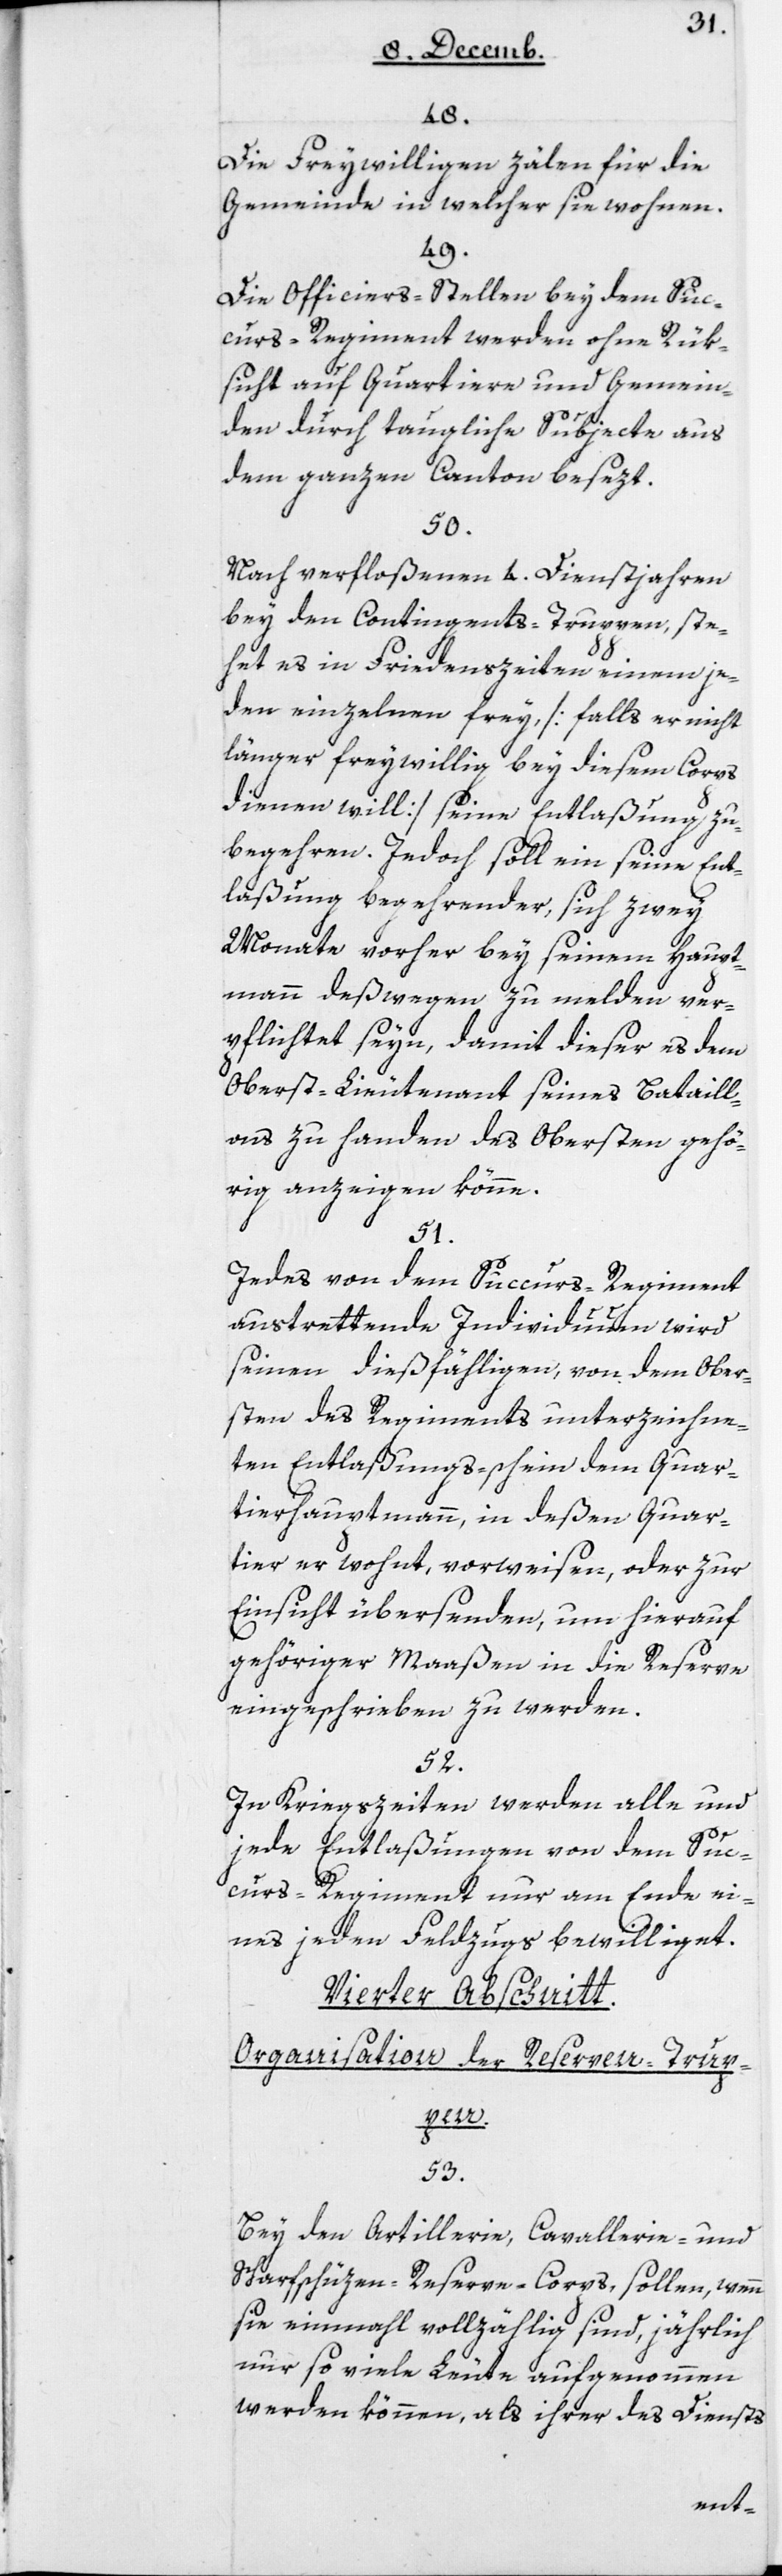
48.
Die Freywilligen zälen für die
Gemeinde, in welcher sie wohnen.
49.
Die Officiers-Stellen bey dem Suc¬
curs-Regiment werden ohne Rük¬
sicht auf Quartiere und Gemein¬
den durch taugliche Subjecte aus
dem ganzen Canton besezt.
50.
Nach verfloßenen 4 Dienstjahren
bey den Contingents-Truppen, ste¬
het es in Friedenszeiten einem je¬
den einzelnen frey [falls er nicht
länger freywillig bey diesem Corps
dienen will] seine Entlaßung zu
begehren. Jedoch soll ein seine Ent¬
laßung Begehrender, sich zwey
Monate vorher bey seinem Haupt¬
mann deßwegen zu melden ver¬
pflichtet seyn, damit dieser es dem
Oberst-Lieutenant seines Bataill¬
ons zu Handen des Obersten gehö¬
rig anzeigen könne.
51.
Jedes von dem Succurs-Regiment
austrettende Individuum wird
seinem dießfälligen, von dem Ober¬
sten des Regiments unterzeichne¬
ten Entlaßungs-schein dem Quar¬
tierhauptmann, in deßen Quar¬
tier er wohnt, vorweisen, oder zur
Einsicht übersenden, um hierauf
gehöriger Maaßen in die Reserve
eingeschrieben zu werden.
52.
In Kriegszeiten werden alle und
jede Entlaßungen von dem Suc¬
curs-Regiment nur am Ende ei¬
nes jeden Feldzugs bewilliget.
Vierter Abschnitt:
Organisation der Reserve-Trup¬
pen.
53.
Bey der Artillerie-, Cavallerie- und
Scharfschüzen-Reserve-Corps, sollen, wenn
sie einmal vollzählig sind, jährlich
nur so viele Leute aufgenommen
werden können, als ihrer des Diensts